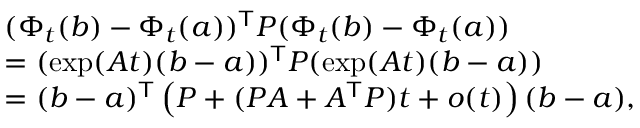
\begin{array} { r l } & { ( \Phi _ { t } ( b ) - \Phi _ { t } ( a ) ) ^ { \mathsf { T } } P ( \Phi _ { t } ( b ) - \Phi _ { t } ( a ) ) } \\ & { = ( \exp ( A t ) ( b - a ) ) ^ { \mathsf { T } } P ( \exp ( A t ) ( b - a ) ) } \\ & { = ( b - a ) ^ { \mathsf { T } } \left( P + ( P A + A ^ { \mathsf { T } } P ) t + o ( t ) \right) ( b - a ) , } \end{array}